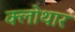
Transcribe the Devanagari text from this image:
क्लोथार